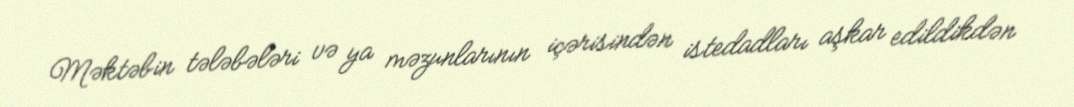
Məktəbin tələbələri və ya məzunlarının içərisindən istedadları aşkar edildikdən